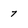
Character: 7